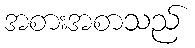
အစားအစာသည်